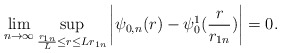
\begin{align*}\lim_{n\to\infty}\sup_{\frac{r_{1n}}{L}\leq r\leq Lr_{1n}}\left|\psi_{0,n}(r)-\psi^1_0(\frac{r}{r_{1n}})\right|=0.\end{align*}